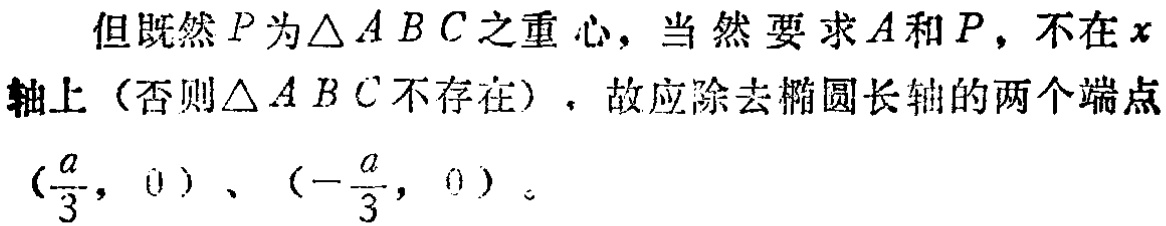
但既然\(P\)为\(\triangle ABC\)之重心，当然要求\(A\)和\(P\)，不在\(x\)轴上（否则\(\triangle ABC\)不存在），故应除去椭圆长轴的两个端点\((\frac{a}{3}, 0)\)、\((-\frac{a}{3}, 0)\)。